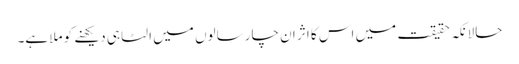
حالانکہ حقیقت میں اس کا اثر ان چار سالوں میں الٹا ہی دیکھنے کو ملا ہے۔